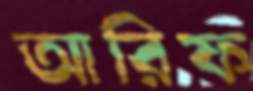
আরিফ